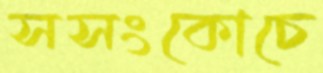
সসংকোচে